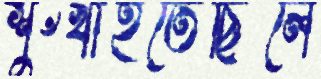
শুঁখাইতেছিলে